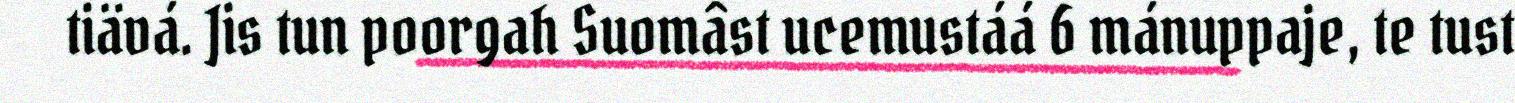
tiävá. Jis tun poorgah Suomâst ucemustáá 6 mánuppaje, te tust